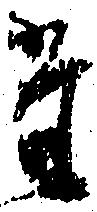
た